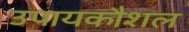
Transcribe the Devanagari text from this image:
उपायकौशल